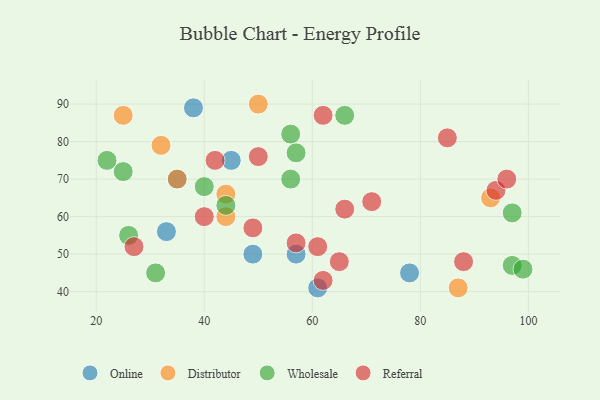
{"axis": {"x": "GDP", "y": "Life Expectancy"}, "legend": ["Distributor", "Online", "Referral", "Wholesale"], "data": [{"x": "49", "y": 50, "type": "Online"}, {"x": "38", "y": 89, "type": "Online"}, {"x": "35", "y": 70, "type": "Online"}, {"x": "57", "y": 50, "type": "Online"}, {"x": "45", "y": 75, "type": "Online"}, {"x": "78", "y": 45, "type": "Online"}, {"x": "33", "y": 56, "type": "Online"}, {"x": "61", "y": 41, "type": "Online"}, {"x": "87", "y": 41, "type": "Distributor"}, {"x": "35", "y": 70, "type": "Distributor"}, {"x": "32", "y": 79, "type": "Distributor"}, {"x": "93", "y": 65, "type": "Distributor"}, {"x": "50", "y": 90, "type": "Distributor"}, {"x": "25", "y": 87, "type": "Distributor"}, {"x": "44", "y": 66, "type": "Distributor"}, {"x": "44", "y": 60, "type": "Distributor"}, {"x": "66", "y": 87, "type": "Wholesale"}, {"x": "44", "y": 63, "type": "Wholesale"}, {"x": "25", "y": 72, "type": "Wholesale"}, {"x": "26", "y": 55, "type": "Wholesale"}, {"x": "56", "y": 70, "type": "Wholesale"}, {"x": "56", "y": 82, "type": "Wholesale"}, {"x": "57", "y": 77, "type": "Wholesale"}, {"x": "97", "y": 47, "type": "Wholesale"}, {"x": "22", "y": 75, "type": "Wholesale"}, {"x": "99", "y": 46, "type": "Wholesale"}, {"x": "31", "y": 45, "type": "Wholesale"}, {"x": "40", "y": 68, "type": "Wholesale"}, {"x": "97", "y": 61, "type": "Wholesale"}, {"x": "94", "y": 67, "type": "Referral"}, {"x": "62", "y": 87, "type": "Referral"}, {"x": "88", "y": 48, "type": "Referral"}, {"x": "61", "y": 52, "type": "Referral"}, {"x": "27", "y": 52, "type": "Referral"}, {"x": "40", "y": 60, "type": "Referral"}, {"x": "50", "y": 76, "type": "Referral"}, {"x": "42", "y": 75, "type": "Referral"}, {"x": "85", "y": 81, "type": "Referral"}, {"x": "71", "y": 64, "type": "Referral"}, {"x": "65", "y": 48, "type": "Referral"}, {"x": "96", "y": 70, "type": "Referral"}, {"x": "57", "y": 53, "type": "Referral"}, {"x": "66", "y": 62, "type": "Referral"}, {"x": "62", "y": 43, "type": "Referral"}, {"x": "49", "y": 57, "type": "Referral"}]}